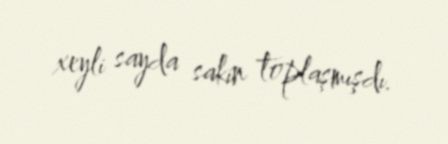
xeyli sayda sakin toplaşmışdı.